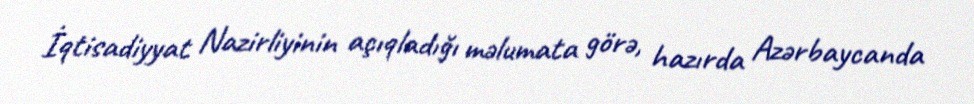
İqtisadiyyat Nazirliyinin açıqladığı məlumata görə, hazırda Azərbaycanda